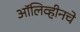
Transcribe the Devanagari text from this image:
ऑलिव्हीनचे